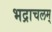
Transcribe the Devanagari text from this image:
भद्राचलम्‌